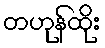
တဟုန်ထိုး